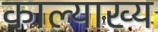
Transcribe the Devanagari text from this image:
काल्याख्य